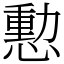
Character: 憅